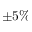
\pm 5 \%